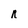
Character: R